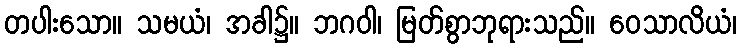
တပါးသော။ သမယံ၊ အခါ၌။ ဘဂဝါ၊ မြတ်စွာဘုရားသည်။ ဝေသာလိယံ၊